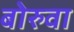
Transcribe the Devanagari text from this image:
बोरुवा